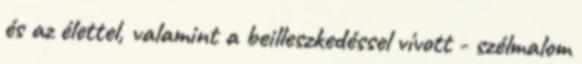
és az élettel, valamint a beilleszkedéssel vívott - szélmalom